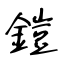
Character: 鎧